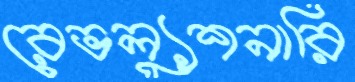
রেভল্যুশনারি